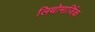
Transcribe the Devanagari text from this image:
लिथोमार्जिक